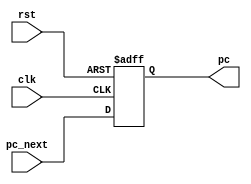
`timescale 1ns / 1ps
//////////////////////////////////////////////////////////////////////////////////
// Company: 
// Engineer: 
// 
// Design Name: 
// Module Name: pc
// Project Name: 
// Target Devices: 
// Tool Versions: 
// Description: 
// 
// Dependencies: 
// 
// Revision:
// Revision 0.01 - File Created
// Additional Comments:
// 
//////////////////////////////////////////////////////////////////////////////////


module pc(
    output reg [31:0] pc, 
    input clk, rst, 
    input [31:0] pc_next
    );
    
    always @(posedge clk or posedge rst) begin
        if (rst) begin
            pc <= 0;
        end
        else begin
            pc <= pc_next;
        end
    end
endmodule